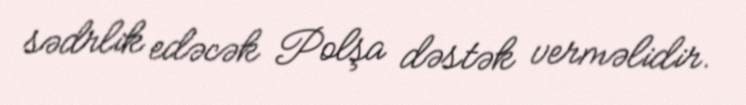
sədrlik edəcək Polşa dəstək verməlidir.